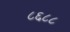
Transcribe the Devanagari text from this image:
८६८८